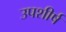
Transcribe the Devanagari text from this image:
उपशीर्ष